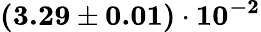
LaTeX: \mathbf{(3.29\pm 0.01)\cdot 10^{-2}}